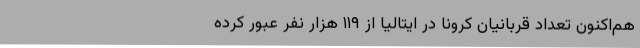
هم‌اکنون تعداد قربانیان کرونا در ایتالیا از ۱۱۹ هزار نفر عبور کرده